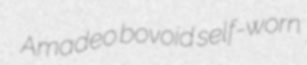
Amadeo bovoid self-worn